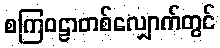
စကြဝဠာတစ်လျှောက်တွင်